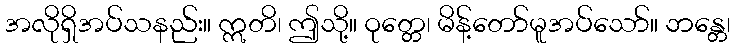
အလိုရှိအပ်သနည်း။ ဣတိ၊ ဤသို့။ ဝုတ္တေ၊ မိန့်တော်မူအပ်သော်။ ဘန္တေ၊